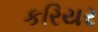
કરિયર